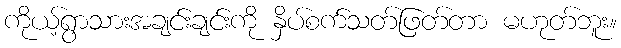
ကိုယ့်ရွာသားအချင်းချင်းကို နှိပ်စက်သတ်ဖြတ်တာ မဟုတ်ဘူး။